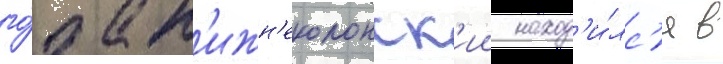
го́да н'ижн'еколонск'ии наход'и́лс'я в